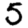
Digit: 5